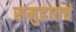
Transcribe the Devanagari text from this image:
समुहातचं